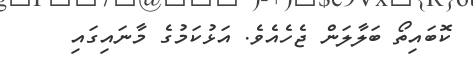
ކޮބައިތޯ ބަލާލަން ޖެހެއެވެ. އަޅުކަމުގެ މާނައިގައި